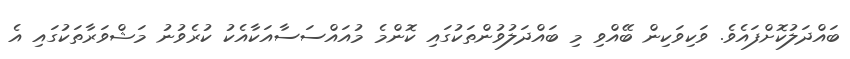
ބައްދަލުކޮށްފައެވެ. ވަކިވަކިން ބޭއްވި މި ބައްދަލުވުންތަކުގައި ކޮންމެ މުއައްސަސާއަކާއެކު ކުރެވުނު މަޝްވަރާތަކުގައި އެ